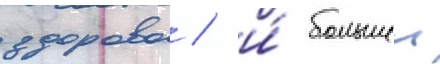
здорово / и́ большеи